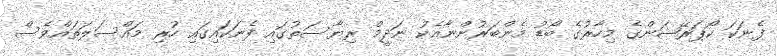
ފެނަކަ ކޯޕަރޭޝަންގެ މިހާރުގެ ބޯޑު މެންބަރުންނާއެކު ނަދީމް ރިޔާސަތުގައި ފެނަކައިގައި ހުރި މައްސަލަތައްވެސް